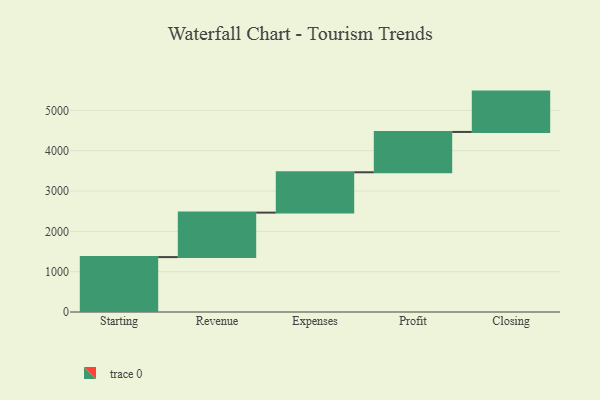
{"axis": {"x": "Step", "y": "Value"}, "legend": [""], "data": [{"x": "Starting", "y": 1361.0, "type": ""}, {"x": "Revenue", "y": 1103.0, "type": ""}, {"x": "Expenses", "y": 1000, "type": ""}, {"x": "Profit", "y": 1000, "type": ""}, {"x": "Closing", "y": 1000, "type": ""}]}